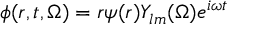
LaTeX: \phi ( r , t , \Omega ) = r \psi ( r ) Y _ { l m } ( \Omega ) e ^ { i \omega t }